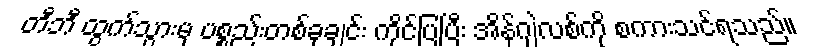
တီဘီ ထွက်သွားမှ ပစ္စည်းတစ်ခုချင်း ကိုင်ပြပြီး အိန်ဂျဲလစ်ကို စကားသင်ရသည်။